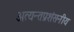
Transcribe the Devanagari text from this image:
अत्यन्तप्रशंसनीय